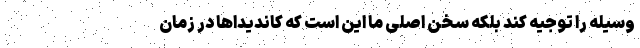
وسیله را توجیه کند بلکه سخن اصلی ما این است که کاندیداها در زمان